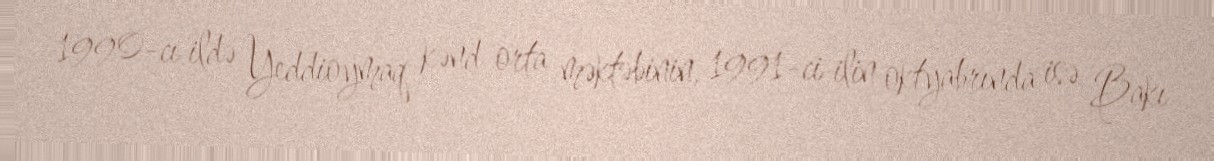
1990-cı ildə Yeddioymaq kənd orta məktəbinin, 1991-ci ilin oktyabrında isə Bakı